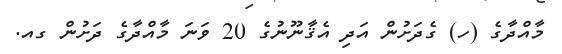
މާއްދާގެ (ހ) ގެދަށުން އަދި އެޤާނޫނުގެ 20 ވަނަ މާއްދާގެ ދަށުން ގއ.